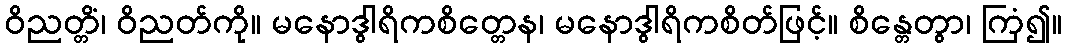
ဝိညတ္တိံ၊ ဝိညတ်ကို။ မနောဒွါရိကစိတ္တေန၊ မနောဒွါရိကစိတ်ဖြင့်။ စိန္တေတွာ၊ ကြံ၍။